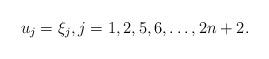
LaTeX: \begin{align*}u_j = \xi_j, j=1, 2, 5, 6, \dots, 2n+2. \end{align*}